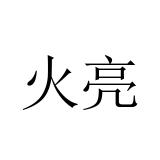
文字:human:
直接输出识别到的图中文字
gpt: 火亮